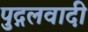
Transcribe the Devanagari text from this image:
पुद्गलवादी